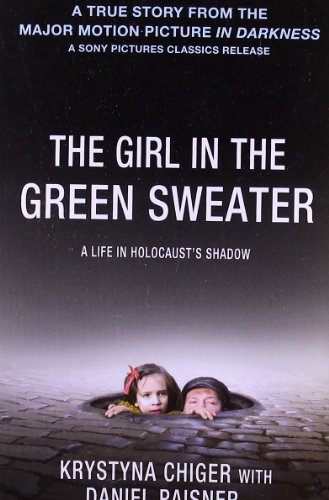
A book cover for The Girl in the Green Sweater: A Life in Holocaust's Shadow; Krystyna Chiger; Biographies & Memoirs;